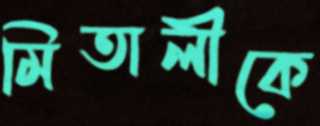
মিতালীকে